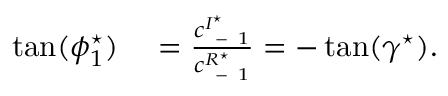
\begin{array} { r l } { \tan ( \phi _ { 1 } ^ { \star } ) } & { { } = \frac { c _ { \mathrm { ~ - ~ } 1 } ^ { I ^ { \star } } } { c _ { \mathrm { ~ - ~ } 1 } ^ { R ^ { \star } } } = - \tan ( \gamma ^ { \star } ) . } \end{array}